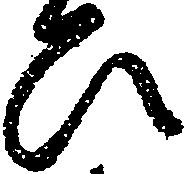
ひ